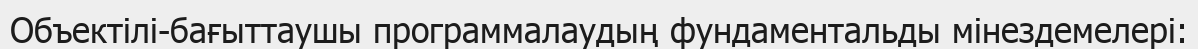
Объектілі-бағыттаушы программалаудың фундаментальды мінездемелері: